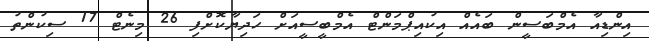
އިންޑިއާ އެމްބަސީން ބައެއް އިކުއިޕްމަންޓް އެމްބީސީއަށް ހަދިޔާކޮށްފި 26 މިނެޓް 17 ސިކުންތު